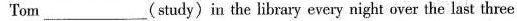
Tom___(study)in the library every night over the last three